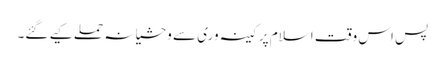
پس اس وقت اسلام پر کینہ وری سے وحشیانہ حملے کیے گئے۔